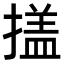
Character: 𭢕